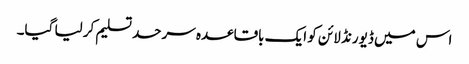
اس میں ڈیورنڈ لائن کو ایک باقاعدہ سرحد تسلیم کر لیا گیا۔